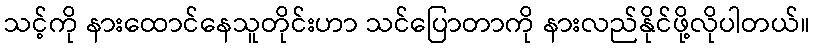
သင့်ကို နားထောင်နေသူတိုင်းဟာ သင်ပြောတာကို နားလည်နိုင်ဖို့လိုပါတယ်။